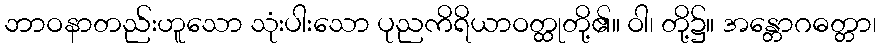
ဘာဝနာတည်းဟူသော သုံးပါးသော ပုညကိရိယာဝတ္ထုတို့၏။ ဝါ၊ တို့၌။ အန္တောဂဓတ္တာ၊